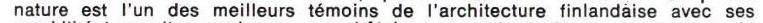
nature est l'un des meilleurs témoins de l'architecture finlandaise avec ses